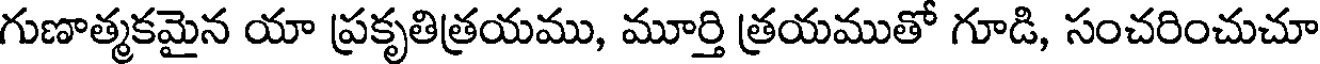
గుణాత్మకమైన యా ప్రకృతిత్రయము, మూర్తి త్రయముతో గూడి, సంచరించుచూ